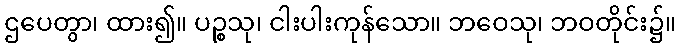
ဌပေတွာ၊ ထား၍။ ပဉ္စသု၊ ငါးပါးကုန်သော။ ဘဝေသု၊ ဘဝတိုင်း၌။